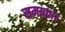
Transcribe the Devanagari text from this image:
समग्रता।